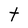
Character: t